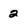
Character: 2